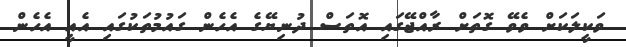
ވަކީލަކަށް ވެވޭ ގޮތަށް ރާއްޖޭގައި އޮތަސް ދުނިޔޭގެ އެހެން ގައުމުތަކުގައި އެއީ އެހެން